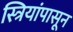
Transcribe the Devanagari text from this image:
स्त्रियांपासून